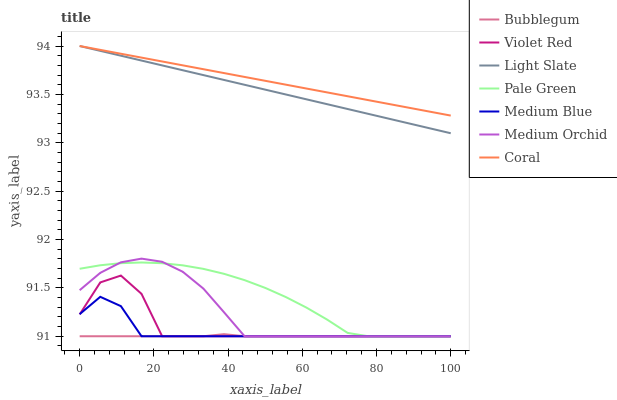
| xaxis_label | Bubblegum | Violet Red | Light Slate | Pale Green | Medium Blue | Medium Orchid | Coral |
 | --- | --- | --- | --- | --- | --- | --- | --- |
 | 0 | 91 | 91.2 | 94 | 91.7 | 91.2 | 91.5 | 94 |
 | 5.56 | 91 | 91.6 | 93.9 | 91.7 | 91.4 | 91.7 | 94 |
 | 11.1 | 91 | 91.6 | 93.9 | 91.8 | 91.3 | 91.8 | 93.9 |
 | 16.7 | 91 | 91.4 | 93.8 | 91.8 | 91 | 91.8 | 93.9 |
 | 22.2 | 91 | 91 | 93.8 | 91.8 | 91 | 91.8 | 93.8 |
 | 27.8 | 91 | 91 | 93.7 | 91.7 | 91 | 91.7 | 93.8 |
 | 33.3 | 91 | 91 | 93.7 | 91.7 | 91 | 91.5 | 93.8 |
 | 38.9 | 91 | 91 | 93.6 | 91.6 | 91 | 91.2 | 93.7 |
 | 44.4 | 91 | 91 | 93.6 | 91.6 | 91 | 91 | 93.7 |
 | 50 | 91 | 91 | 93.5 | 91.5 | 91 | 91 | 93.6 |
 | 55.6 | 91 | 91 | 93.5 | 91.4 | 91 | 91 | 93.6 |
 | 61.1 | 91 | 91 | 93.4 | 91.3 | 91 | 91 | 93.6 |
 | 66.7 | 91 | 91 | 93.4 | 91.2 | 91 | 91 | 93.5 |
 | 72.2 | 91 | 91 | 93.3 | 91 | 91 | 91 | 93.5 |
 | 77.8 | 91 | 91 | 93.3 | 91 | 91 | 91 | 93.4 |
 | 83.3 | 91 | 91 | 93.2 | 91 | 91 | 91 | 93.4 |
 | 88.9 | 91 | 91 | 93.2 | 91 | 91 | 91 | 93.4 |
 | 94.4 | 91 | 91 | 93.1 | 91 | 91 | 91 | 93.3 |
 | 100 | 91 | 91 | 93.1 | 91 | 91 | 91 | 93.3 |